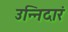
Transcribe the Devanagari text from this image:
उन्निदारं